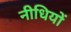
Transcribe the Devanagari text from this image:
नीधियों